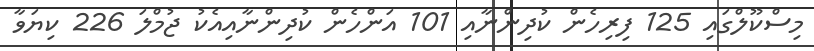
މިސްކޫލްގައި 125 ފިރިހެން ކުދިންނާއި 101 އަންހެން ކުދިންނާއިއެކު ޖުމްލަ 226 ކިޔަވާ